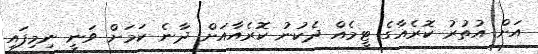
އަށް އުތުރު ކޮރެއާގެ ޓީމެއް ދެކުނު ކޮރެއާއަށް ދާނެ ކަމަށް ވަނީ ނިމިފައި